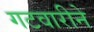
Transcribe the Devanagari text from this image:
गटवारीने